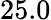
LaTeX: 25.0